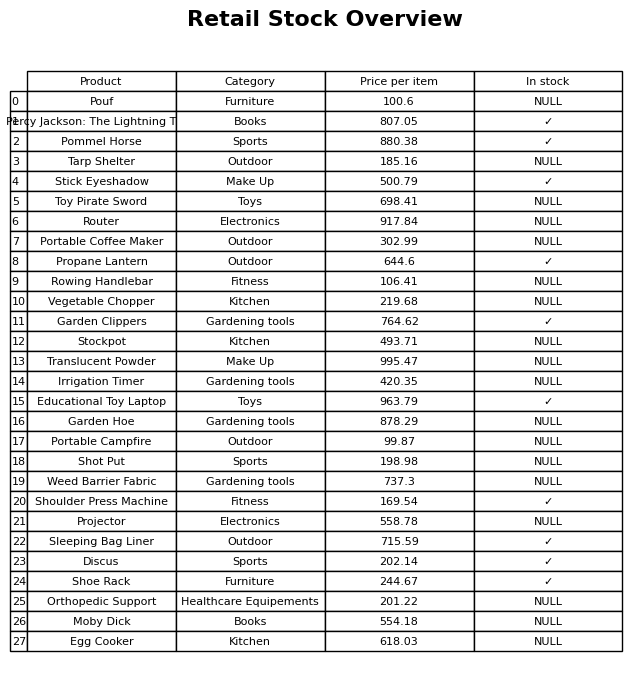
question: Is the Propane Lantern in stock?
answer: ✓